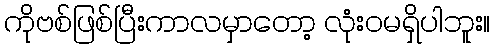
ကိုဗစ်ဖြစ်ပြီးကာလမှာတော့ လုံးဝမရှိပါဘူး။